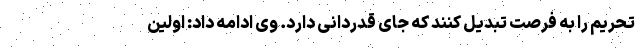
تحریم را به فرصت تبدیل کنند که جای قدردانی دارد. وی ادامه داد: اولین